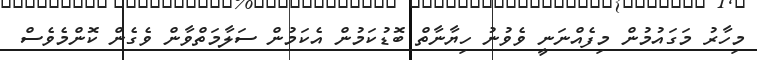
މިހާރު މަގައުމުން މިފެއްނަނީ ވެވުނު ހިޔާނާތް ބޮޑުކަމުން އެކަމުން ސަލާމަތްވާން ވެގެން ކޮންމެވެސް